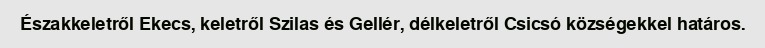
Északkeletről Ekecs, keletről Szilas és Gellér, délkeletről Csicsó községekkel határos.